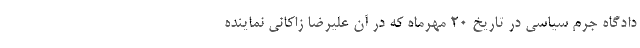
دادگاه جرم سیاسی در تاریخ 20 مهرماه که در آن علیرضا زاکانی نماینده